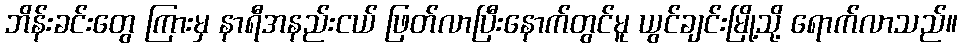
ဘိန်းခင်းတွေ ကြားမှ နာရီအနည်းငယ် ဖြတ်လာပြီးနောက်တွင်မူ ယွင်ချင်းမြို့သို့ ရောက်လာသည်။